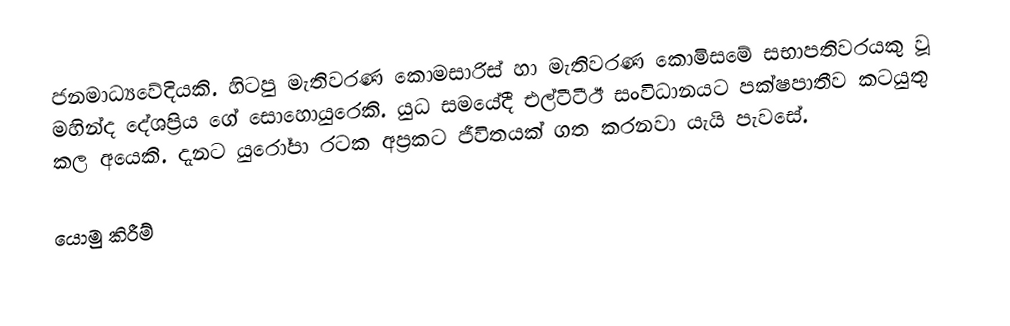
ජනමාධ්‍යවේදියකි. හිටපු මැතිවරණ කොමසාරිස් හා මැතිවරණ කොමිසමේ සභාපතිවරයකු වූ මහින්ද දේශප්‍රිය ගේ සොහොයුරෙකි. යුධ සමයේදී එල්ටීටීඊ සංවිධානයට පක්ෂපාතීව කටයුතු කල අයෙකි. දැනට යුරෝපා රටක අප්‍රකට ජීවිතයක් ගත කරනවා යැයි පැවසේ.

යොමු කිරීම්